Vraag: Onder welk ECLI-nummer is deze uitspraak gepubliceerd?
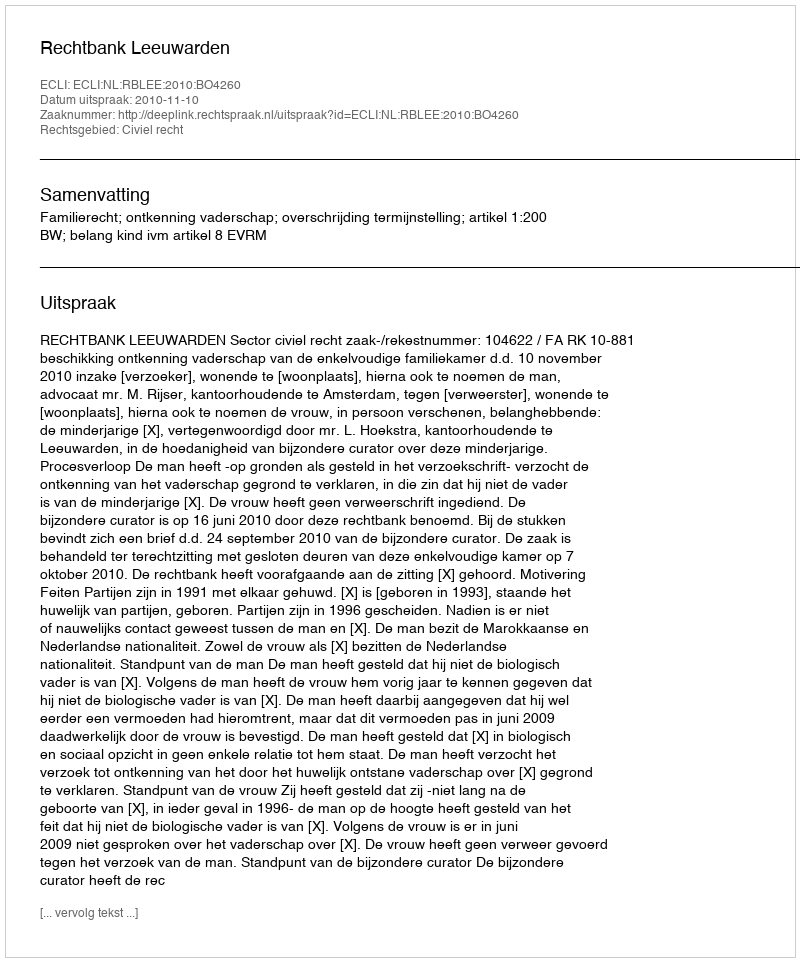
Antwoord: ECLI:NL:RBLEE:2010:BO4260